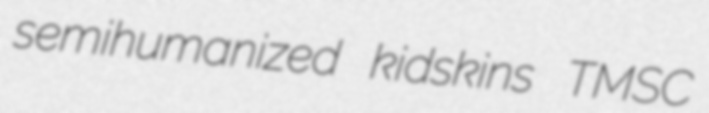
semihumanized kidskins TMSC